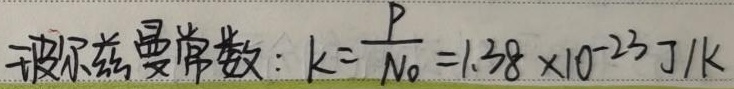
玻尔兹曼常数：$k = \frac{R}{N_{0}}=1.38\times 10^{-23}\text{ J/K}$